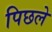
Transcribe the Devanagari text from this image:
पिछले